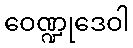
ဝေဏ္ဍုဒေဝါ